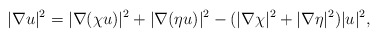
\begin{align*}|\nabla u|^2 = |\nabla(\chi u)|^2 + |\nabla (\eta u)|^2 - (|\nabla \chi|^2 + |\nabla \eta|^2)|u|^2,\end{align*}